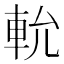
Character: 𨋍